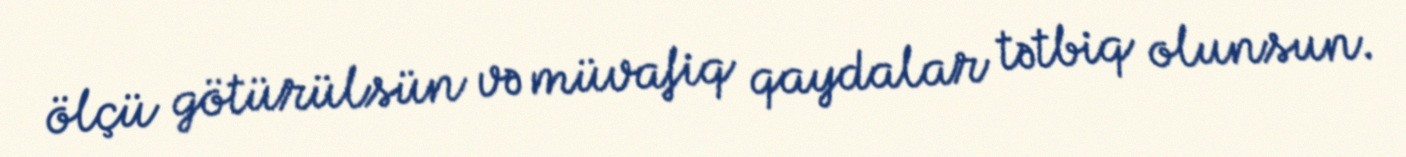
ölçü götürülsün və müvafiq qaydalar tətbiq olunsun.